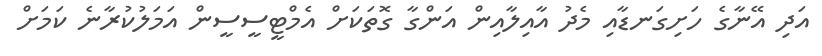
އަދި އޭނާގެ ހަށިގަނޑާއި މެދު އާއިލާއިން އަންގާ ގޮތަކަށް އެމްޓީސީސީން އަމަލުކުރާނެ ކަމަށް